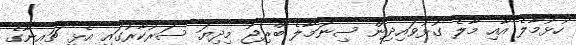
ހުޅުމާލެ އާއި މާލެ ގުޅުވައިދިން ސިނަމާލެ ބްރިޖު މިދިޔަ ސަރުކާރުގައި އެޅީ ޗައިނާގެ